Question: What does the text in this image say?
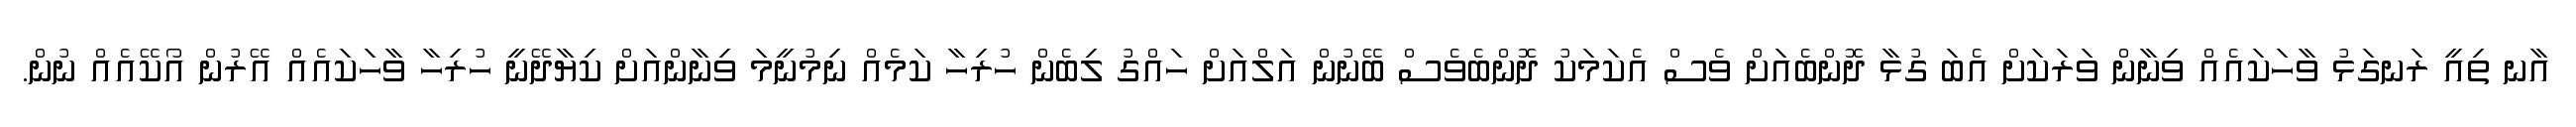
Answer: އާނ ތިއީ ރަނގަޅު ވާހަކައެއް ވިނާން ވަރަކަށް އެބަ ގުޅާ ދޮންބެއަށް ވެސް އެކަމަކު ދޮންބެވެސް ބޭނުން އަލްއަށް ހައްގު ލިބެން ހުރިހާ ކަމެއް ނިމުނީމަ ވިނާންއަށް ކިޔާދޭނީ ހުރިހާ ވާހަކައެއް އޭރުން އޯކޭއެއް ނުން.